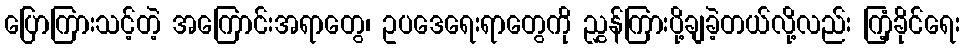
ပြောကြားသင့်တဲ့ အကြောင်းအရာတွေ၊ ဥပဒေရေးရာတွေကို ညွှန်ကြားပို့ချခဲ့တယ်လို့လည်း ကြံ့ခိုင်ရေး